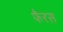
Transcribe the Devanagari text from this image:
फैरस